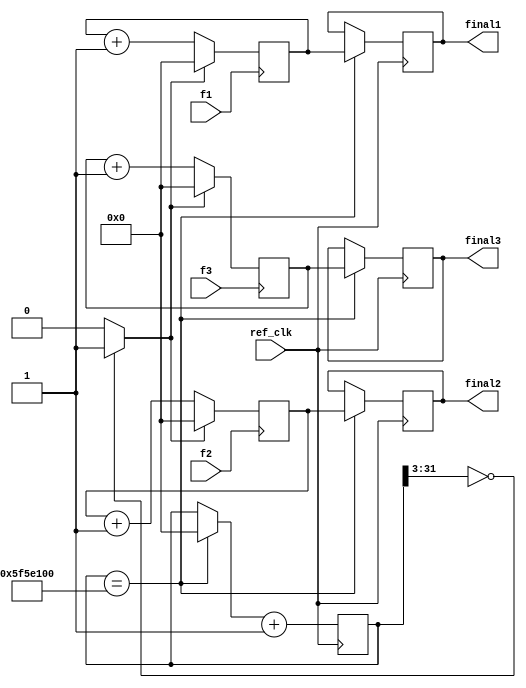
`timescale 1ns / 1ps

module freq_meter#(parameter REF_F = 32'd100000000)
(
    input ref_clk,
    input f1,
    input f2,
    input f3,
    output [31:0] final1,
    output [31:0] final2,
    output [31:0] final3
);

    (* async_reg *) reg [31:0] cnt [3:0];
    
    reg [31:0] final [3:0];
    integer i;
    
    always @(posedge ref_clk)
    begin
        if (cnt[0] == REF_F) // 1 second just ended
        begin
            for (i = 0; i < 4; i=i+1)
            begin
                final[i] = cnt[i];
            end
            cnt[0] = 32'h0;
        end 
    
        cnt[0] = cnt[0] + 32'h1;
    end

    wire cnt_rst = (cnt[0][31:3] == 29'h0) ? 1'b1 : 1'b0;

    always @(posedge f1) if (cnt_rst) cnt[1] = 32'h0; else cnt[1] = cnt[1] + 32'h1;
    always @(posedge f2) if (cnt_rst) cnt[2] = 32'h0; else cnt[2] = cnt[2] + 32'h1;
    always @(posedge f3) if (cnt_rst) cnt[3] = 32'h0; else cnt[3] = cnt[3] + 32'h1;

    assign final1 = final[1];
    assign final2 = final[2];
    assign final3 = final[3];

endmodule